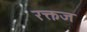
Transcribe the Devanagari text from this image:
रक्तज